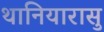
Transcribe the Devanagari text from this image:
थानियारासु